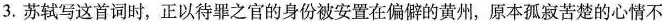
3.苏轼写这首词时，正以待罪之官的身份被安置在偏僻的黄州，原本孤寂苦楚的心情不